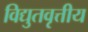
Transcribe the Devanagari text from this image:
विद्युतवृत्तीय